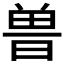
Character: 𰗀